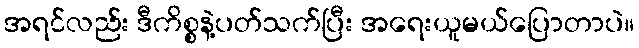
အရင်လည်း ဒီကိစ္စနဲ့ပတ်သက်ပြီး အရေးယူမယ်ပြောတာပဲ။